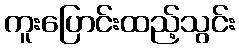
ကူးပြောင်းထည့်သွင်း